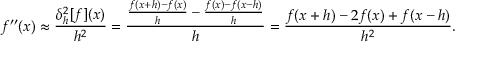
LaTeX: f ^ { \prime \prime } ( x ) \approx { \frac { \delta _ { h } ^ { 2 } [ f ] ( x ) } { h ^ { 2 } } } = { \frac { { \frac { f ( x + h ) - f ( x ) } { h } } - { \frac { f ( x ) - f ( x - h ) } { h } } } { h } } = { \frac { f ( x + h ) - 2 f ( x ) + f ( x - h ) } { h ^ { 2 } } } .